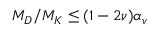
M _ { D } / M _ { K } \leq ( 1 - 2 \nu ) \alpha _ { v }